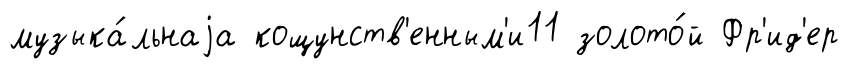
музыка́льнаjа кощунств'енным'и11 золото́й Фр'ид'ер